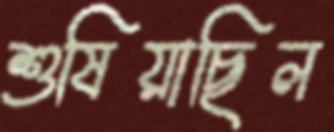
শুষিয়াছিল